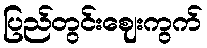
ပြည်တွင်းဈေးကွက်